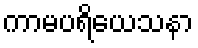
ကာမပရိယေသနာ